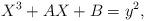
LaTeX: \begin{align*}X^3+AX+B = y^2,\end{align*}